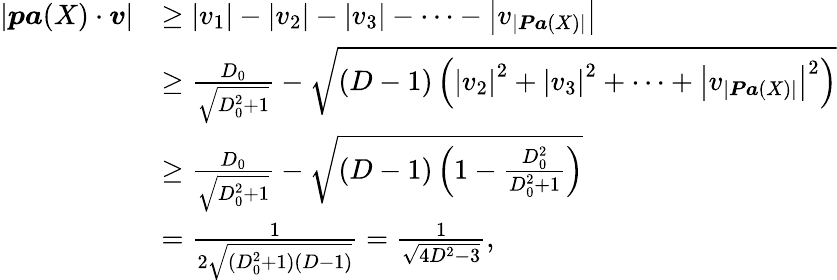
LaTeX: \begin{array}{rl}{|\boldsymbol{\mathit pa}(X)\cdot\boldsymbol{v}|}&{\geq\left|v_{1}\right|-\left|v_{2}\right|-\left|v_{3}\right|-\cdots-\left|v_{|\boldsymbol{\mathit Pa}(X)|}\right|}\\ &{\geq\frac{D_{0}}{\sqrt{D_{0}^{2}+1}}-\sqrt{(D-1)\left(\left|v_{2}\right|^{2}+\left|v_{3}\right|^{2}+\cdots+\left|v_{|\boldsymbol{\mathit Pa}(X)|}\right|^{2}\right)}}\\ &{\ge\frac{D_{0}}{\sqrt{D_{0}^{2}+1}}-\sqrt{(D-1)\left(1-\frac{D_{0}^{2}}{D_{0}^{2}+1}\right)}}\\ &{=\frac{1}{2\sqrt{(D_{0}^{2}+1)(D-1)}}=\frac{1}{\sqrt{4D^{2}-3}},}\end{array}